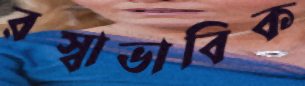
রস্বাভাবিক